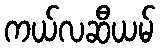
ကယ်လဆီယမ်